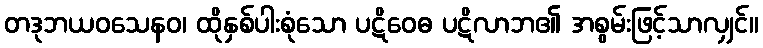
တဒုဘယဝသေနဝ၊ ထိုနှစ်ပါးစုံသော ပဋိဝေဓ ပဋိလာဘ၏ အစွမ်းဖြင့်သာလျှင်။